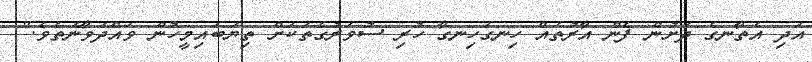
އަދި އެތާނގެ ދަށުން ފެން އާރުތައް ހިނގަހިނގާ ހުރި ސުވަރުގެތަކަށް ތިޔަބައިމީހުން ވައްދަވާނެތެވެ."